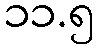
၁၁.၅